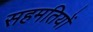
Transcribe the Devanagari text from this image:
सहमतियों